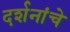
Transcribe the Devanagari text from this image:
दर्शनांचे